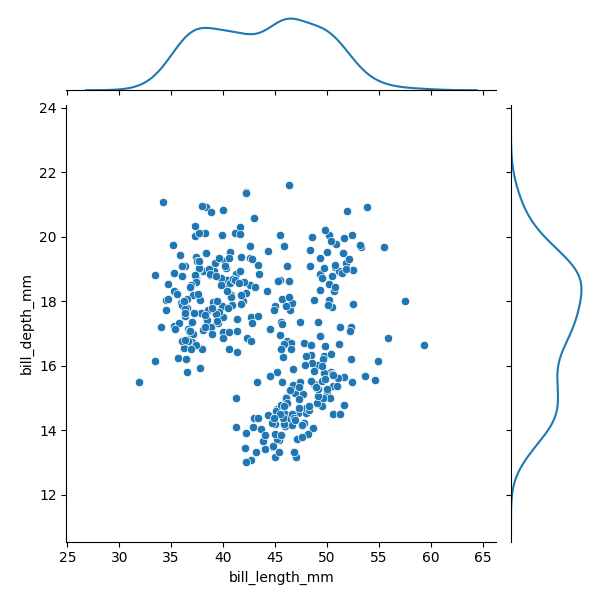
python, seaborn, JointGrid, scatterplot, kdeplot